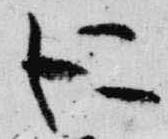
仁